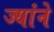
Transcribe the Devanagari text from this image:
ज्यांने